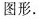
图形.